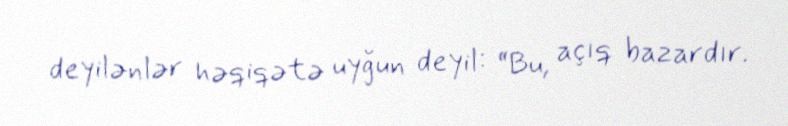
deyilənlər həqiqətə uyğun deyil: “Bu, açıq bazardır.